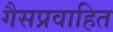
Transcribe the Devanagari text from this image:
गैसप्रवाहित